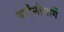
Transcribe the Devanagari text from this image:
बरौनीमार्गे